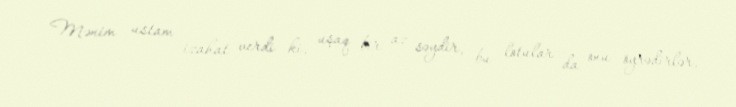
Mənim ustam izahat verdi ki, uşaq bir az səydir, bu lotular da onu öyrədirlər,